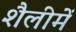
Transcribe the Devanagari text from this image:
शैलीमें